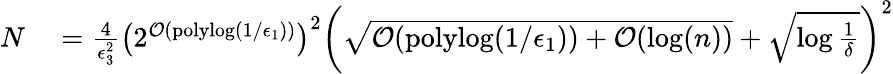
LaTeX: \begin{array}{rl}{N}&{{}=\frac{4}{\epsilon_{3}^{2}}\left(2^{\mathcal{O}(\mathrm{polylog}(1/\epsilon_{1}))}\right)^{2}\left(\sqrt{\mathcal{O}(\mathrm{polylog}(1/\epsilon_{1}))+\mathcal{O}(\log(n))}+\sqrt{\log\frac{1}{\delta}}\right)^{2}}\end{array}